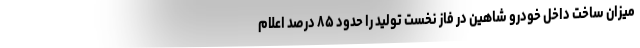
میزان ساخت داخل خودرو شاهین در فاز نخست تولید را حدود ۸۵ درصد اعلام